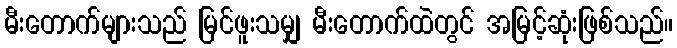
မီးတောက်များသည် မြင်ဖူးသမျှ မီးတောက်ထဲတွင် အမြင့်ဆုံးဖြစ်သည်။